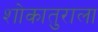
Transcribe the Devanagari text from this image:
शोकातुराला